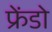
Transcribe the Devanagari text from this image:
फ्रेंडो